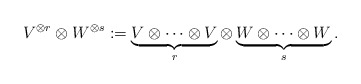
\begin{align*}V^{\otimes r} \otimes W^{\otimes s} := \underbrace{V \otimes \cdots \otimes V}_{r } \otimes \underbrace{W \otimes \cdots \otimes W}_{s }.\end{align*}